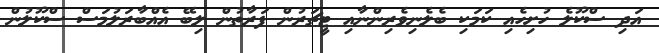
އަދި ސްކޫލެ ހުށިހެއި ކަމަކި ބެލެނިވެރިންނާއި ޓީޗަރުން ފަރާތުން ލިބޭ އެއްބާރަލުމަސް ސްކޫލުން